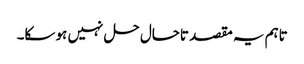
تاہم یہ مقصد تاحال حل نہیں ہو سکا۔